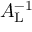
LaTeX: A _ { \mathrm { L } } ^ { - 1 }